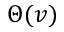
\Theta ( v )